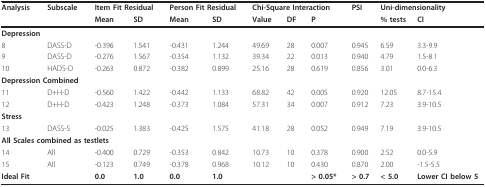
<table><thead><tr><td><b>Analysis</b></td><td><b>Subscale</b></td><td colspan="2"><b>Item Fit Residual</b></td><td colspan="2"><b>Person Fit Residual</b></td><td colspan="3"><b>Chi-Square Interaction</b></td><td><b>PSI</b></td><td colspan="2"><b>Uni-dimensionality</b></td></tr><tr><td></td><td></td><td><b>Mean</b></td><td><b>SD</b></td><td><b>Mean</b></td><td><b>SD</b></td><td><b>Value</b></td><td><b>DF</b></td><td><b>P</b></td><td></td><td><b>% tests</b></td><td><b>CI</b></td></tr></thead><tbody><tr><td colspan="2"><b>Depression</b></td><td></td><td></td><td></td><td></td><td></td><td></td><td></td><td></td><td></td><td></td></tr><tr><td>8</td><td>DASS-D</td><td>-0.396</td><td>1.541</td><td>-0.431</td><td>1.244</td><td>49.69</td><td>28</td><td>0.007</td><td>0.945</td><td>6.59</td><td>3.3-9.9</td></tr><tr><td>9</td><td>DASS-D</td><td>-0.276</td><td>1.567</td><td>-0.354</td><td>1.132</td><td>39.34</td><td>22</td><td>0.013</td><td>0.940</td><td>4.79</td><td>1.5-8.1</td></tr><tr><td>10</td><td>HADS-D</td><td>-0.263</td><td>0.872</td><td>-0.382</td><td>0.899</td><td>25.16</td><td>28</td><td>0.619</td><td>0.856</td><td>3.01</td><td>0.0-6.3</td></tr><tr><td colspan="2"><b>Depression Combined</b></td><td></td><td></td><td></td><td></td><td></td><td></td><td></td><td></td><td></td><td></td></tr><tr><td>11</td><td>D+H-D</td><td>-0.560</td><td>1.422</td><td>-0.442</td><td>1.133</td><td>68.82</td><td>42</td><td>0.005</td><td>0.920</td><td>12.05</td><td>8.7-15.4</td></tr><tr><td>12</td><td>D+H-D</td><td>-0.423</td><td>1.248</td><td>-0.373</td><td>1.084</td><td>57.31</td><td>34</td><td>0.007</td><td>0.912</td><td>7.23</td><td>3.9-10.5</td></tr><tr><td><b>Stress</b></td><td></td><td></td><td></td><td></td><td></td><td></td><td></td><td></td><td></td><td></td><td></td></tr><tr><td>13</td><td>DASS-S</td><td>-0.025</td><td>1.383</td><td>-0.425</td><td>1.575</td><td>41.18</td><td>28</td><td>0.052</td><td>0.949</td><td>7.19</td><td>3.9-10.5</td></tr><tr><td colspan="3"><b>All Scales combined as testlets</b></td><td></td><td></td><td></td><td></td><td></td><td></td><td></td><td></td><td></td></tr><tr><td>14</td><td>All</td><td>-0.400</td><td>0.729</td><td>-0.353</td><td>0.842</td><td>10.73</td><td>10</td><td>0.378</td><td>0.900</td><td>2.52</td><td>0.0-5.9</td></tr><tr><td>15</td><td>All</td><td>-0.123</td><td>0.749</td><td>-0.378</td><td>0.968</td><td>10.12</td><td>10</td><td>0.430</td><td>0.870</td><td>2.00</td><td>-1.5-5.5</td></tr><tr><td><b>Ideal Fit</b></td><td></td><td><b>0.0</b></td><td><b>1.0</b></td><td><b>0.0</b></td><td><b>1.0</b></td><td></td><td></td><td><b>&gt; 0.05*</b></td><td><b>&gt; 0.7</b></td><td><b>&lt; 5.0</b></td><td><b>Lower CI below 5</b></td></tr></tbody></table>